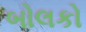
બોલકો